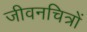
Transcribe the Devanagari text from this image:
जीवनचित्रों